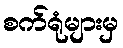
စက်ရုံများမှ